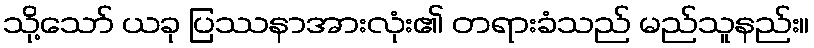
သို့သော် ယခု ပြဿနာအားလုံး၏ တရားခံသည် မည်သူနည်း။